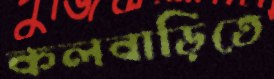
কলবাড়িতে